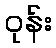
ဝုန်း